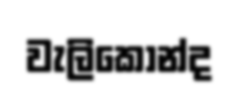
වැලිකොන්ද